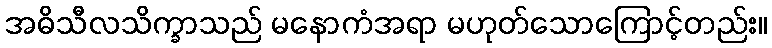
အဓိသီလသိက္ခာသည် မနောကံအရာ မဟုတ်သောကြောင့်တည်း။